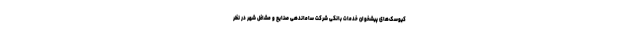
کیوسک‌های پیشخوان خدمات بانکی شرکت ساماندهی صنایع و مشاغل شهر در نظر